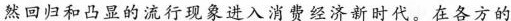
然回归和凸显的流行现象进入消费经济新时代。在各方的